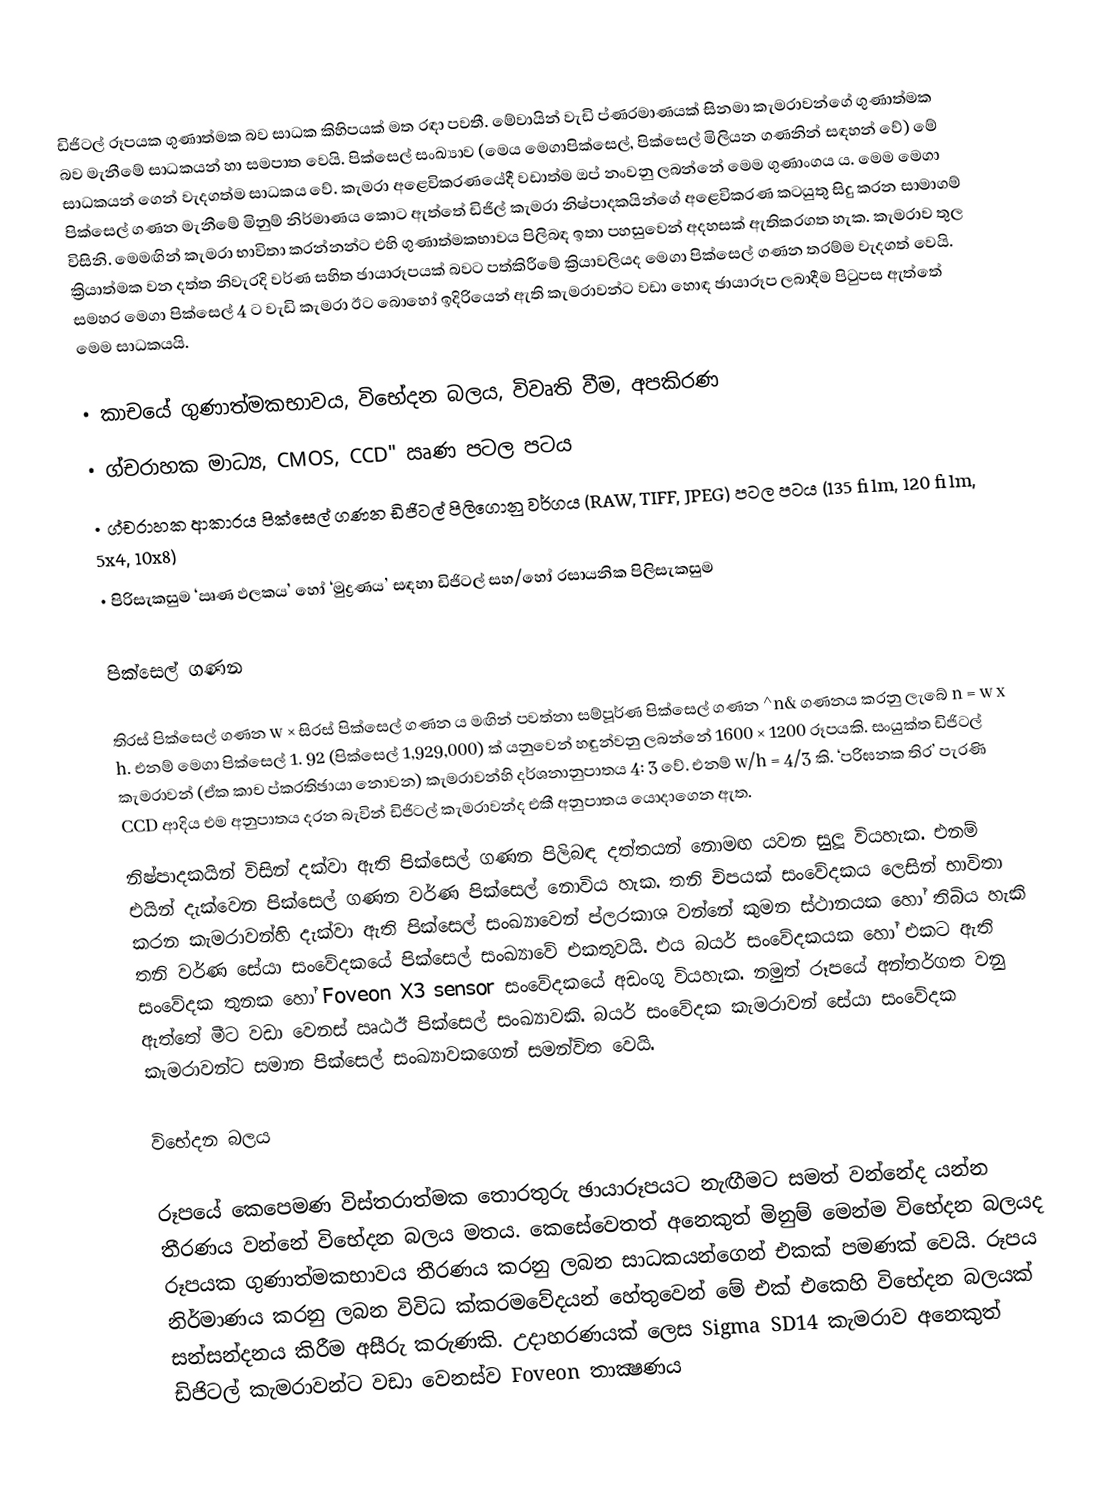
ඩිජිටල් රූපයක ගුණාත්මක බව සාධක කිහිපයක් මත රඳා පවතී. මේවායින් වැඩි ප්ණ‍රමාණයක් සිනමා කැමරාවන්ගේ ගුණාත්මක බව මැනීමේ සාධකයන් හා සමපාත වෙයි. පික්සෙල් සංඛ්‍යාව (මෙය මෙගාපික්සෙල්, පික්සෙල් මිලියන ගණනින් සඳහන් වේ) මේ සාධකයන් ගෙන් වැදගත්ම සාධකය වේ. කැමරා අළෙවිකරණයේදී වඩාත්ම ඔප් නංවනු ලබන්නේ මෙම ගුණාංගය ය. මෙම මෙගා පික්සෙල් ගණන මැනීමේ මිනුම් නිර්මාණය කොට ඇත්තේ ඩිජිල් කැමරා නිෂ්පාදකයින්ගේ අළෙවිකරණ කටයුතු සිදු කරන සාමාගම් විසිනි. මෙමඟින් කැමරා භාවිතා කරන්නන්ට එහි ගුණාත්මකභාවය පිලිබඳ ඉතා පහසුවෙන් අදහසක් ඇතිකරගත හැක. කැමරාව තුල ක්‍රියාත්මක වන දත්ත නිවැරදි වර්ණ සහිත ඡායාරූපයක් බවට පත්කිරීමේ ක්‍රියාවලියද මෙගා පික්සෙල් ගණන තරම්ම වැදගත් වෙයි. සමහර මෙගා පික්සෙල් 4 ට වැඩි කැමරා ඊට බොහෝ ඉදිරියෙන් ඇති කැමරාවන්ට වඩා හොඳ ඡායාරූප ලබාදීම පිටුපස ඇත්තේ මෙම සාධකයයි.

•	කාචයේ ගුණාත්මකභාවය, විභේදන බලය, විවෘති වීම, අපකිරණ
•	ග්ච‍රාහක මාධ්‍ය, CMOS, CCD" ඍණ පටල පටය
•	ග්ච‍රාහක ආකාරය පික්සෙල් ගණන ඩිජිටල් පිලිගොනු වර්ගය (RAW, TIFF, JPEG) පටල පටය (135 film, 120 film, 5x4, 10x8)
•	පිරිසැකසුම ‘ඍණ ඵලකය’ හෝ ‘මුද්‍රණය’ සඳහා ඩිජිටල් සහ/හෝ රසායනික පිලිසැකසුම

පික්සෙල් ගණන

තිරස් පික්සෙල් ගණන w × සිරස් පික්සෙල් ගණන ය මඟින් පවත්නා සම්පූර්ණ පික්සෙල් ගණන ^n& ගණනය කරනු ලැබේ n = w x h. එනම් මෙගා පික්සෙල් 1. 92 (පික්සෙල් 1,929,000) ක් යනුවෙන් හඳුන්වනු ලබන්නේ 1600 × 1200 රූපයකි. සංයුක්ත ඩිජිටල් කැමරාවන් (ඒක කාච ප්ක‍රතිඡායා නොවන) කැමරාවන්හි දර්ශනානුපාතය 4: 3 වේ. එනම් w/h = 4/3 කි. ‘පරිඝනක තිර’ පැරණි CCD ආදිය එම අනුපාතය දරන බැවින් ඩිජිටල් කැමරාවන්ද එකී අනුපාතය යොදාගෙන ඇත.
නිෂ්පාදකයින් විසින් දක්වා ඇති පික්සෙල් ගණන පිලිබඳ දත්තයන් නොමඟ යවන සුලූ වියහැක. එනම් එයින් දැක්වෙන පික්සෙල් ගණන වර්ණ පික්සෙල් නොවිය හැක. තනි චිපයක් සංවේදකය ලෙසින් භාවිතා කරන කැමරාවන්හි දැක්වා ඇති පික්සෙල් සංඛ්‍යාවෙන් ප්ල‍රකාශ වන්නේ කුමන ස්ථානයක හෝ තිබිය හැකි තනි වර්ණ සේයා සංවේදකයේ පික්සෙල් සංඛ්‍යාවේ එකතුවයි. එය බයර් සංවේදකයක හෝ එකට ඇති සංවේදක තුනක හෝ Foveon X3 sensor සංවේදකයේ අඩංගු වියහැක. නමුත් රූපයේ අන්තර්ගත වනු ඇත්තේ මීට වඩා වෙනස් ඍඨඊ පික්සෙල් සංඛ්‍යාවකි. බයර් සංවේදක කැමරාවන් සේයා සංවේදක කැමරාවන්ට සමාන පික්සෙල් සංඛ්‍යාවකගෙන් සමන්විත වෙයි.

විභේදන බලය

රූපයේ කෙපෙමණ විස්තරාත්මක තොරතුරු ඡායාරූපයට නැඟීමට සමත් වන්නේද යන්න තීරණය වන්නේ විභේදන බලය මතය. කෙසේවෙතත් අනෙකුත් මිනුම් මෙන්ම විභේදන බලයද රූපයක ගුණාත්මකභාවය තීරණය කරනු ලබන සාධකයන්ගෙන් එකක් පමණක් වෙයි. රූපය නිර්මාණය කරනු ලබන විවිධ ක්ක‍රමවේදයන් හේතුවෙන් මේ එක් එකෙහි විභේදන බලයක් සන්සන්දනය කිරීම අසීරු කරුණකි. උදාහරණයක් ලෙස Sigma SD14 කැමරාව අනෙකුත් ඩිජිටල් කැමරාවන්ට වඩා වෙනස්ව Foveon  තාක්‍ෂණය